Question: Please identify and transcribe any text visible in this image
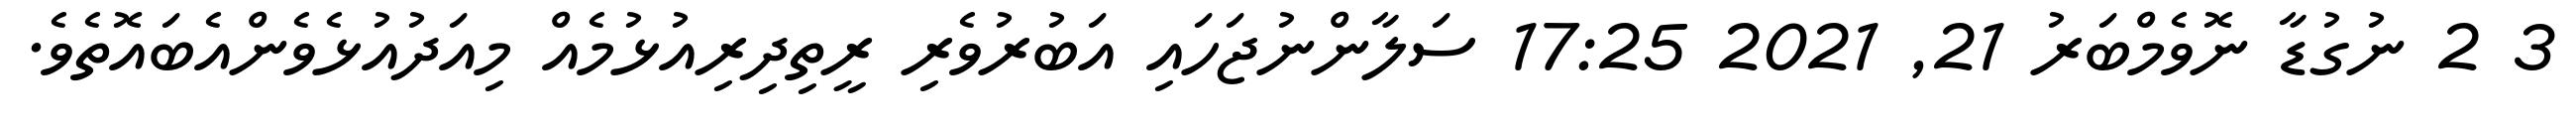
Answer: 3 2 ނުގުޑާ ނޮވެމްބަރު 21, 2021 17:25 ސަލާންނުޖަހައި އަބުރުވެރި ރީތިދިރިއުޅުމެއް މިއަދުއުޅެވެންއެބައޮތެވެ.